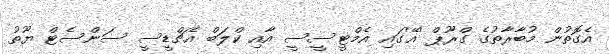
އެގޮތުން މުބާރާތުގެ ގްރޫޕް 'އޭ'ގައި އެމްޓީސީސީ އާއި ކްލަބް އެޗްޑީސީ ސަންސެޓް ޔޫތު